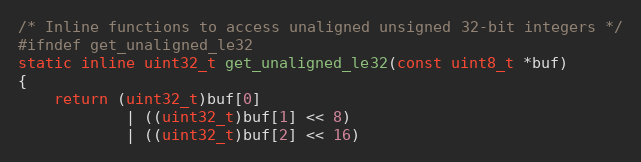
Language: C
/* Inline functions to access unaligned unsigned 32-bit integers */
#ifndef get_unaligned_le32
static inline uint32_t get_unaligned_le32(const uint8_t *buf)
{
    return (uint32_t)buf[0]
            | ((uint32_t)buf[1] << 8)
            | ((uint32_t)buf[2] << 16)